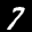
Label: 7